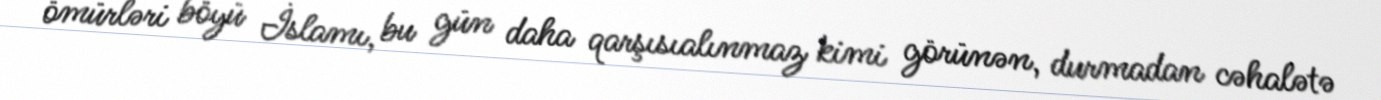
ömürləri böyü İslamı, bu gün daha qarşısıalınmaz kimi görünən, durmadan cəhalətə